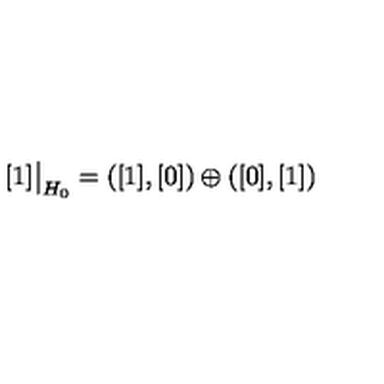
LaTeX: [ 1 ] \bigr | _ { H _ { 0 } } = ( [ 1 ] , [ 0 ] ) \oplus ( [ 0 ] , [ 1 ] )